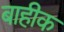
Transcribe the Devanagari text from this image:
बाहीक